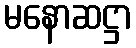
မနောဆဋ္ဌာ